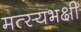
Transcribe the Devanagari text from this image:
मत्स्यभक्षी